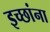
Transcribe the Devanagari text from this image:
इच्छांना